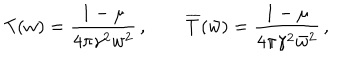
T ( w ) = \frac { 1 - \mu } { 4 \pi \gamma ^ { 2 } w ^ { 2 } } \, , \qquad \overline { { { T } } } ( \bar { w } ) = \frac { 1 - \mu } { 4 \pi \gamma ^ { 2 } \bar { w } ^ { 2 } } \, ,